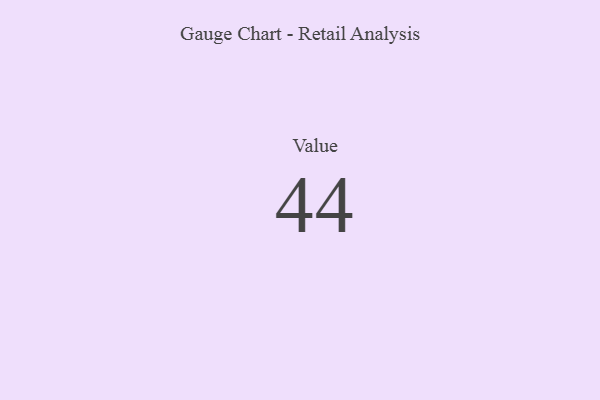
{"axis": {"x": "Metric", "y": "Value"}, "legend": [""], "data": [{"x": "Value", "y": 44, "type": ""}]}